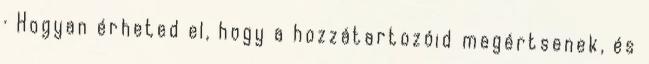
· Hogyan érheted el, hogy a hozzátartozóid megértsenek, és